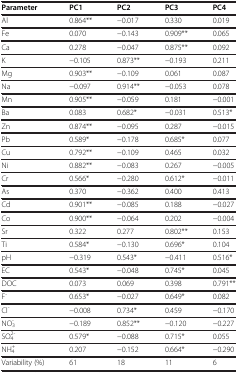
<table><thead><tr><td><b>Parameter</b></td><td><b>PC1</b></td><td><b>PC2</b></td><td><b>PC3</b></td><td><b>PC4</b></td></tr></thead><tbody><tr><td>Al</td><td>0.864**</td><td>−0.017</td><td>0.330</td><td>0.019</td></tr><tr><td>Fe</td><td>0.070</td><td>−0.143</td><td>0.909**</td><td>0.065</td></tr><tr><td>Ca</td><td>0.278</td><td>−0.047</td><td>0.875**</td><td>0.092</td></tr><tr><td>K</td><td>−0.105</td><td>0.873**</td><td>−0.193</td><td>0.211</td></tr><tr><td>Mg</td><td>0.903**</td><td>−0.109</td><td>0.061</td><td>0.087</td></tr><tr><td>Na</td><td>−0.097</td><td>0.914**</td><td>−0.053</td><td>0.078</td></tr><tr><td>Mn</td><td>0.905**</td><td>−0.059</td><td>0.181</td><td>−0.001</td></tr><tr><td>Ba</td><td>0.083</td><td>0.682*</td><td>−0.031</td><td>0.513*</td></tr><tr><td>Zn</td><td>0.874**</td><td>−0.095</td><td>0.287</td><td>−0.015</td></tr><tr><td>Pb</td><td>0.589*</td><td>−0.178</td><td>0.685*</td><td>0.077</td></tr><tr><td>Cu</td><td>0.792**</td><td>−0.109</td><td>0.465</td><td>0.032</td></tr><tr><td>Ni</td><td>0.882**</td><td>−0.083</td><td>0.267</td><td>−0.005</td></tr><tr><td>Cr</td><td>0.566*</td><td>−0.280</td><td>0.612*</td><td>−0.011</td></tr><tr><td>As</td><td>0.370</td><td>−0.362</td><td>0.400</td><td>0.413</td></tr><tr><td>Cd</td><td>0.901**</td><td>−0.085</td><td>0.188</td><td>−0.027</td></tr><tr><td>Co</td><td>0.900**</td><td>−0.064</td><td>0.202</td><td>−0.004</td></tr><tr><td>Sr</td><td>0.322</td><td>0.277</td><td>0.802**</td><td>0.153</td></tr><tr><td>Ti</td><td>0.584*</td><td>−0.130</td><td>0.696*</td><td>0.104</td></tr><tr><td>pH</td><td>−0.319</td><td>0.543*</td><td>−0.411</td><td>0.516*</td></tr><tr><td>EC</td><td>0.543*</td><td>−0.048</td><td>0.745*</td><td>0.045</td></tr><tr><td>DOC</td><td>0.073</td><td>0.069</td><td>0.398</td><td>0.791**</td></tr><tr><td>F<sup>-</sup></td><td>0.653*</td><td>−0.027</td><td>0.649*</td><td>0.082</td></tr><tr><td>Cl<sup>-</sup></td><td>−0.008</td><td>0.734*</td><td>0.459</td><td>−0.170</td></tr><tr><td>NO<sub>3</sub><sup>-</sup></td><td>−0.189</td><td>0.852**</td><td>−0.120</td><td>−0.227</td></tr><tr><td>SO<sub>4</sub><sup>2-</sup></td><td>0.579*</td><td>−0.088</td><td>0.715*</td><td>0.055</td></tr><tr><td>NH<sub>4</sub><sup>+</sup></td><td>0.207</td><td>−0.152</td><td>0.664*</td><td>−0.290</td></tr><tr><td>Variability (%)</td><td>61</td><td>18</td><td>11</td><td>6</td></tr></tbody></table>